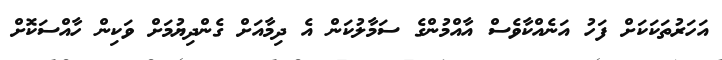
އަހަރުތަކަކަށް ފަހު އަނެއްކާވެސް އާއްމުންގެ ސަމާލުކަން އެ ދިމާއަށް ގެންދިޔުމަށް ވަކިން ހާއްސަކޮށް